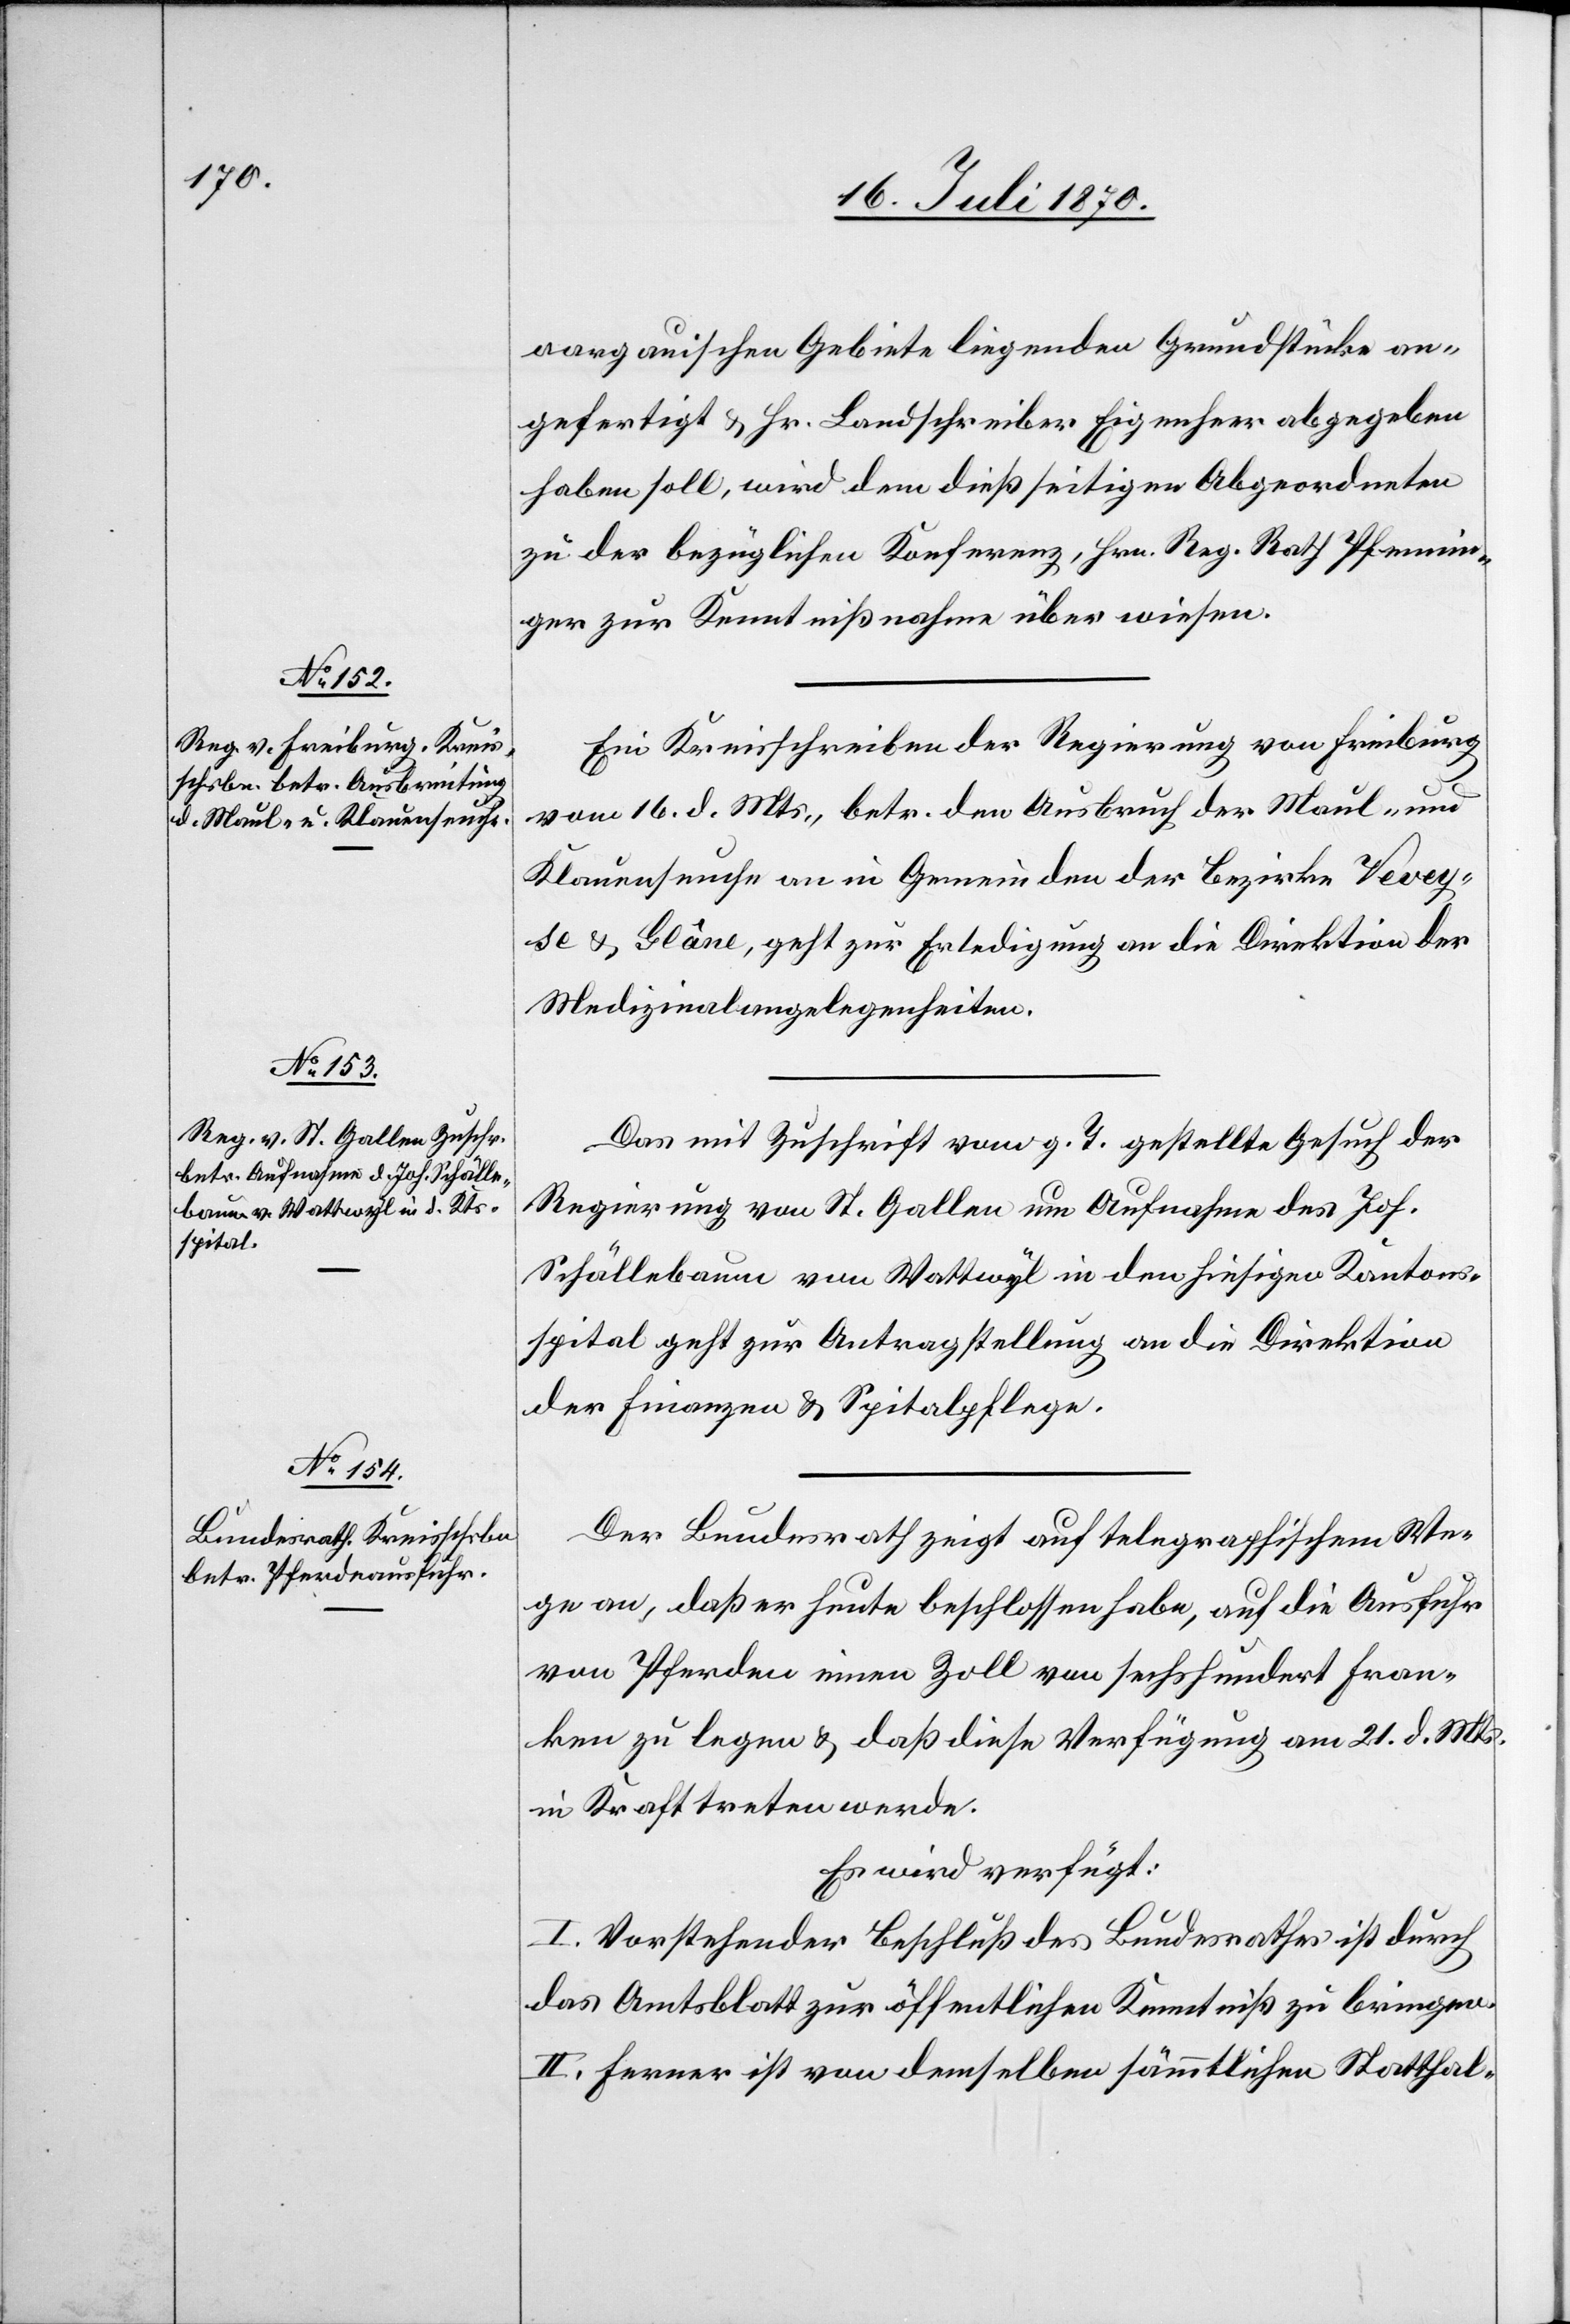
20. Juli 1870.]
aargauischen Gebiete liegenden Grundstücke an¬
gefertigt & Hr. Landschreiber Eigenheer abgegeben
haben soll, wird dem dießseitigen Abgeordneten
zu der bezüglichen Konferenz, Hrn. Reg. Rath. Pfennin¬
ger zur Kenntnißnahme überwiesen.
Ein Kreisschreiben der Regierung von Freiburg
vom 16. d. Mts., betr. den Ausbruch der Maul- und
Klauenseuche an [sic!] in Gemeinden der Bezirke Vevey¬
se & Glâne, geht zur Erledigung an die Direktion der
Medizinalangelegenheiten.
Das mit Zuschrift vom g. T. gestellte Gesuch der
Regierung von St. Gallen um Aufnahme des Joh.
Schällebaum von Wattwyl in den hiesigen Kantons¬
spital geht zur Antragstellung an die Direktion
der Finanzen & Spitalpflege.
Der Bundesrath zeigt auf telegraphischem We¬
ge an, daß er heute beschlossen habe, auf die Ausfuhr
von Pferden einen Zoll von sechshundert Fran¬
ken zu legen & daß diese Verfügung am 21. d. Mts.
in Kraft treten werde.
Es wird verfügt:
I. Vorstehender Beschluß des Bundesrathes ist durch
das Amtsblatt zur öffentlichen Kenntniß zu bringen.
II. Ferner ist von demselben sämmtlichen Statthal-